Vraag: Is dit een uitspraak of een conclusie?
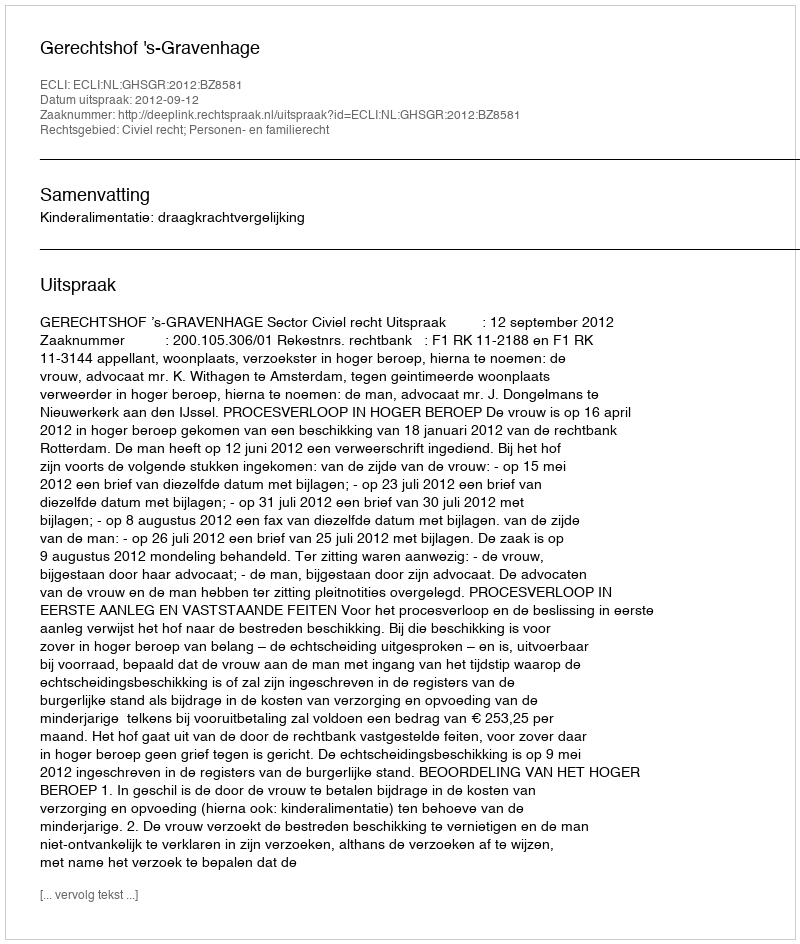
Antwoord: Uitspraak